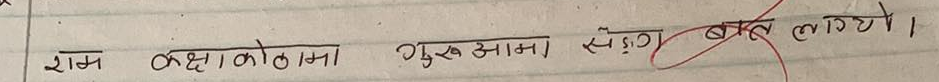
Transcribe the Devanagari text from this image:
राम कक्षाकोठामा गुरुआमा सँग बात लाग्यो।